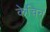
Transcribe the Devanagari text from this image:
केचिन